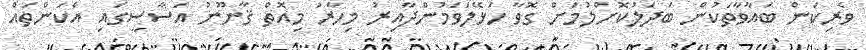
ވެރިކަން ބައާވާތަކުން ބަދަލުކޮށްލުމަށް ގޮވާ ހަޅޭލަވަމުންދާއިރު މިހާރު މިއޮތް ޤާނޫނު އަސާސީގައި އެކަންތައް